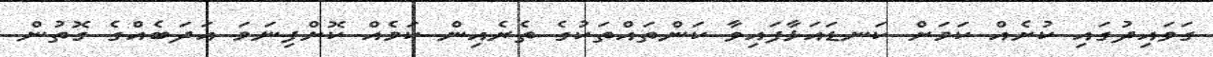
ގަވައިދުގައި ކުށެއް ކަމަށް ކަނޑައަޅާފައިވާ ކަންތައްތަކުގެ ތެރެއިން ކަމެއް ކޮށްފިނަމަ އަދަބެއްގެ ގޮތުން